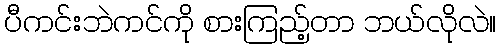
ပီကင်းဘဲကင်ကို စားကြည့်တာ ဘယ်လိုလဲ။